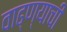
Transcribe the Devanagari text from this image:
वाढ्ण्याची